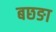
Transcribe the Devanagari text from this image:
बछङा